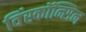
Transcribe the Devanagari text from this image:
विंस्कॉन्सिन